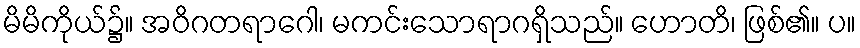
မိမိကိုယ်၌။ အဝိဂတရာဂေါ၊ မကင်းသောရာဂရှိသည်။ ဟောတိ၊ ဖြစ်၏။ ပ။